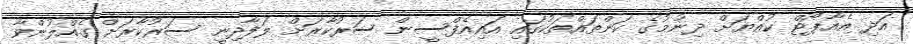
އަދި އެއާޕޯޓް ކުއްޔަށް ދިނުމުގެ ކަންތައްތަކުގައި އައިއެފްސީން ސަރުކާރަށް ލަފާދިނީ ސަރުކާރަށް ގެއްލުންވާ